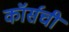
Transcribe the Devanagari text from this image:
कॉर्सची